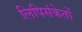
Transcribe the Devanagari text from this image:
लिपिसंकेतों